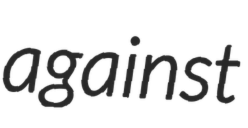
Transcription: against